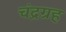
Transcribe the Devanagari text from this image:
चंद्रग्रह